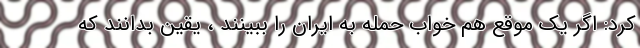
کرد: اگر یک موقع هم خواب حمله به ایران را ببینند ، یقین بدانند که